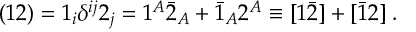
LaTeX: ( { 1 2 } ) = 1 _ { i } \delta ^ { i j } 2 _ { j } = 1 ^ { A } \bar { 2 } _ { A } + \bar { 1 } _ { A } 2 ^ { A } \equiv [ 1 \bar { 2 } ] + [ \bar { 1 } 2 ] \; .